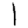
Digit: 1